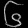
Digit: ၆